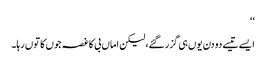
‘‘
ایسے تیسے دو دن یوں ہی گزر گئے،لیکن اماں بی کا غصہ جوں کا توں رہا۔